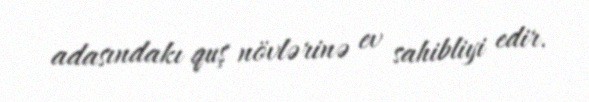
adasındakı quş növlərinə ev sahibliyi edir.